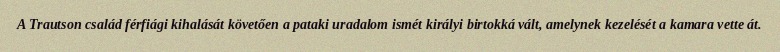
A Trautson család férfiági kihalását követően a pataki uradalom ismét királyi birtokká vált, amelynek kezelését a kamara vette át.